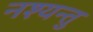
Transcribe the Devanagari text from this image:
नश्यन्तु